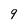
Character: 9